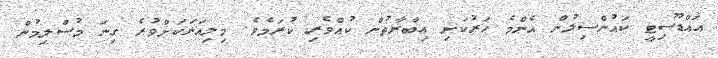
އައްޑޫސިޓީ ކައުންސިލުން އެންމެ ހަރުކަށި ޢިބާރާތުން ކުއްވެރި ކުރަމެވެ. މިލިއަނަކަށްވުރެ ގިނަ މުސްލިމުން